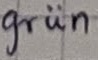
Text: grün